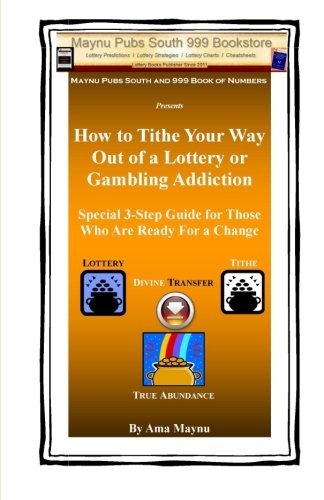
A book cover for How to Tithe Your Way Out of a Lottery or Gambling Addiction: Special 3-Step Guide for Those Who Are Ready For a Change; Ama Maynu; Health, Fitness & Dieting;